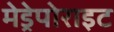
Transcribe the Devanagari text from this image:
मेड्रेपोराइट